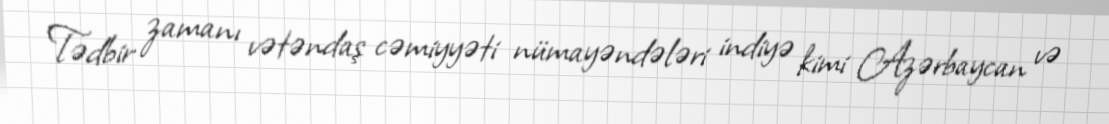
Tədbir zamanı vətəndaş cəmiyyəti nümayəndələri indiyə kimi Azərbaycan və